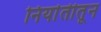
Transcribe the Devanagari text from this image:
निर्यातीतून